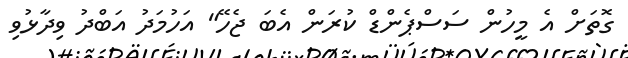
ގޮތަށް އެ މީހުން ސަސްޕެންޑް ކުރަން އެބަ ޖެހޭ" އަހުމަދު އަބްދު ވިދާޅުވި